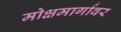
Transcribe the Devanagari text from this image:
मोक्षमार्गावर